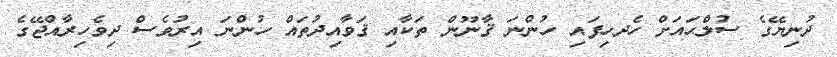
ދުނިޔޭގެ ސުލްޙައަށް ހެދހިފައި ހުންނަ ޤާނޫން ތަކާއި ޤަވާއިދުތައް ހުންނަ އިރުވެސް ދިވެހިރާއްޖޭގެ